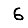
Digit: 6